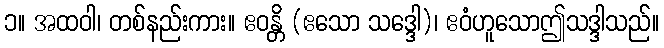
၁။ အထဝါ၊ တစ်နည်းကား။ ဧဝန္တိ (ဧသော သဒ္ဒေါ)၊ ဧဝံဟူသောဤသဒ္ဒါသည်။